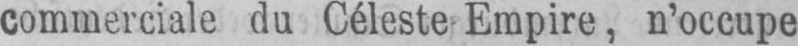
commerciale du Céleste, Empire, n’occupe